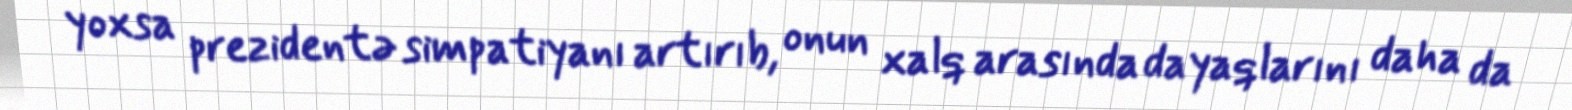
yoxsa prezidentə simpatiyanı artırıb, onun xalq arasında dayaqlarını daha da